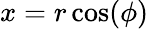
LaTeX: x=r\cos(\phi)